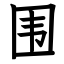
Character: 围